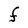
Character: F